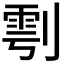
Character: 𭄆